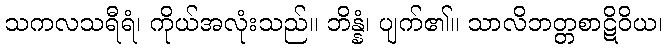
သကလသရီရံ၊ ကိုယ်အလုံးသည်။ ဘိန္နံ၊ ပျက်၏။ သာလိဘတ္တစာဋိဝိယ၊